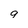
Character: 9